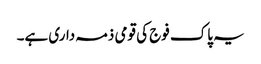
یہ پاک فوج کی قومی ذمہ داری ہے۔